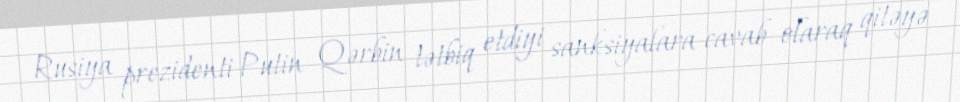
Rusiya prezidenti Putin Qərbin tətbiq etdiyi sanksiyalara cavab olaraq qitəyə